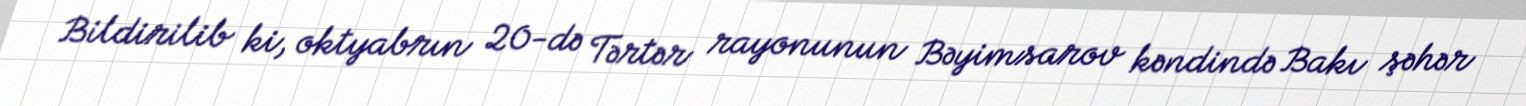
Bildirilib ki, oktyabrın 20-də Tərtər rayonunun Bəyimsarov kəndində Bakı şəhər